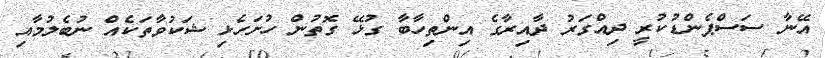
އޭނާ ސަސްޕެންޑުކުރީ ދިއްގަރު ދާއިރާގެ އިންތިހާބާ ގުޅޭ ގޮތުން ހުށަހެޅި ޝަކުވާތަކެއް ނުބެލުމާއި